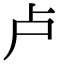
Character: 卢